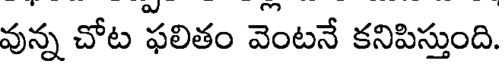
వున్న చోట ఫలితం వెంటనే కనిపిస్తుంది.